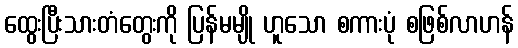
ထွေးပြီးသားတံတွေးကို ပြန်မမျို ဟူသော စကားပုံ စဖြစ်လာဟန်